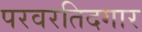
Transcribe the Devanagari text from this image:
परवरतिदगार